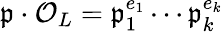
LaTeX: {\mathfrak{p}}\cdot{\mathcal{O}}_{L}={\mathfrak{p}}_{1}^{e_{1}}\cdots{\mathfrak{p}}_{k}^{e_{k}}